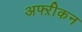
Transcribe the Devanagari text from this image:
अफ्ऱीकन